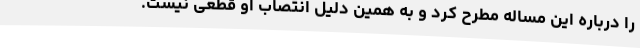
را درباره این مساله مطرح کرد و به همین دلیل انتصاب او قطعی نیست.